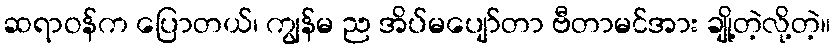
ဆရာဝန်က ပြောတယ်၊ ကျွန်မ ည အိပ်မပျော်တာ ဗီတာမင်အား ချို့တဲ့လို့တဲ့။